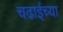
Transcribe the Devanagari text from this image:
चढाईच्या